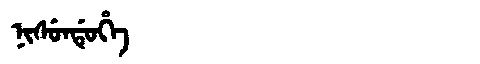
Manchu: ᠨᡳᠰᡠᠨᡩᡠᡥᡝ
Romanization: NISUNDUHE